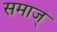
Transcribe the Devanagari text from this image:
समाज्